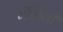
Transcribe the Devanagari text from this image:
मंज़िली